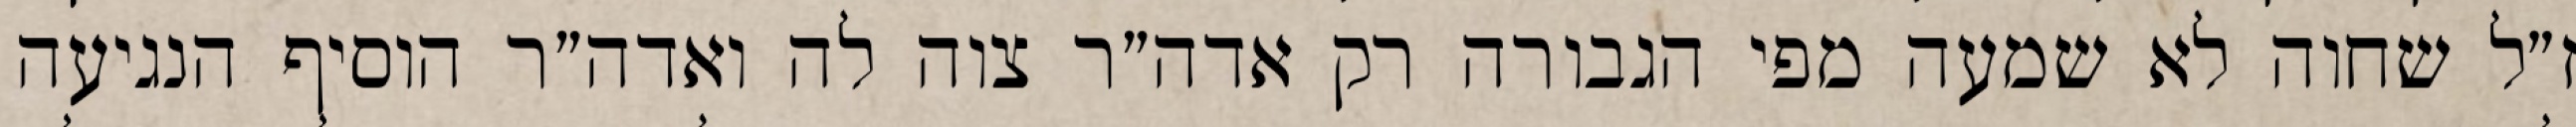
ז״ל שחוה לא שמעה מפי הגבורה רק אדה״ר צוה לה ואדה״ר הוסיף הנגיעה